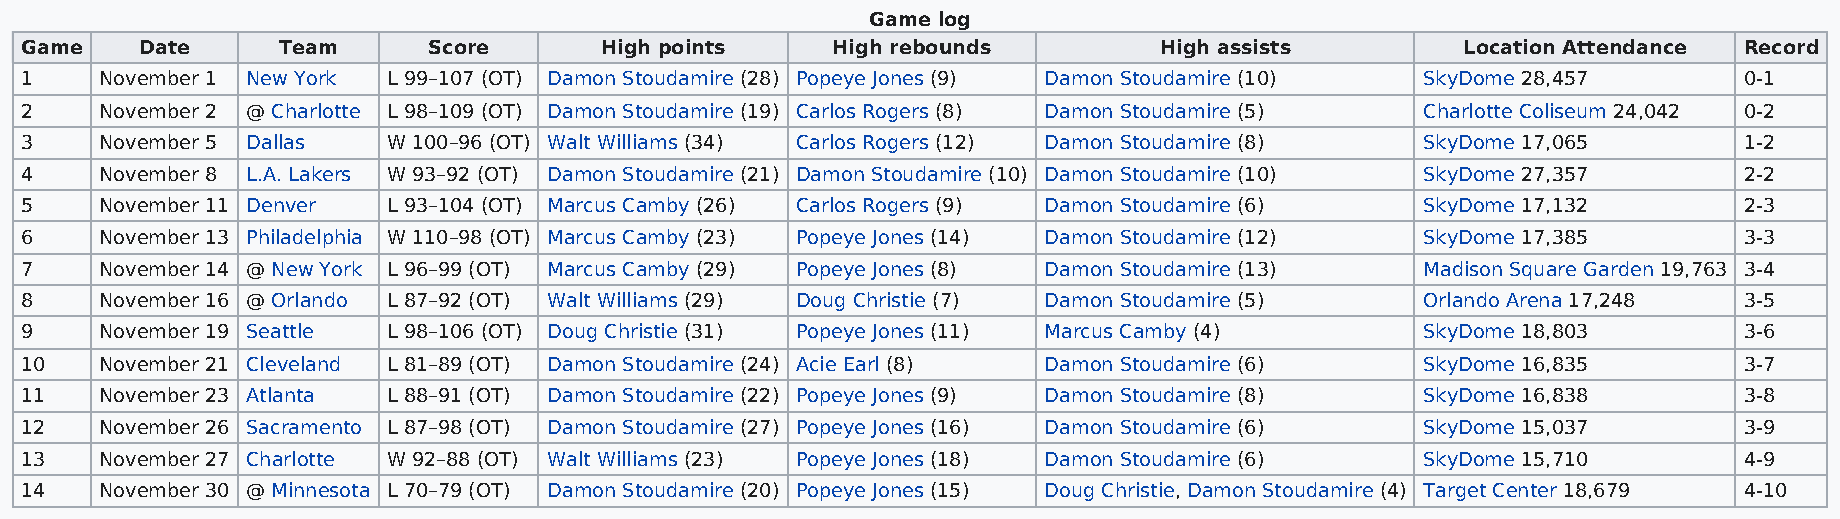
Game log
 Game    Date     Team      Score       High points    High rebounds         High assists        Location Attendance Record
 1     November 1 New York L 99–107 (OT) Damon Stoudamire (28) Popeye Jones (9) Damon Stoudamire (10) SkyDome 28,457 0-1
 2     November 2 @ Charlotte L 98–109 (OT) Damon Stoudamire (19) Carlos Rogers (8) Damon Stoudamire (5) Charlotte Coliseum 24,042 0-2
 3     November 5 Dallas  W 100–96 (OT) Walt Williams (34) Carlos Rogers (12) Damon Stoudamire (8) SkyDome 17,065  1-2
 4     November 8 L.A. Lakers W 93–92 (OT) Damon Stoudamire (21) Damon Stoudamire (10) Damon Stoudamire (10) SkyDome 27,357 2-2
 5     November 11 Denver L 93–104 (OT) Marcus Camby (26) Carlos Rogers (9) Damon Stoudamire (6) SkyDome 17,132    2-3
 6     November 13 Philadelphia W 110–98 (OT) Marcus Camby (23) Popeye Jones (14) Damon Stoudamire (12) SkyDome 17,385 3-3
 7     November 14 @ New York L 96–99 (OT) Marcus Camby (29) Popeye Jones (8) Damon Stoudamire (13) Madison Square Garden 19,763 3-4
 8     November 16 @ Orlando L 87–92 (OT) Walt Williams (29) Doug Christie (7) Damon Stoudamire (5) Orlando Arena 17,248 3-5
 9     November 19 Seattle L 98–106 (OT) Doug Christie (31) Popeye Jones (11) Marcus Camby (4) SkyDome 18,803      3-6
 10    November 21 Cleveland L 81–89 (OT) Damon Stoudamire (24) Acie Earl (8) Damon Stoudamire (6) SkyDome 16,835  3-7
 11    November 23 Atlanta L 88–91 (OT) Damon Stoudamire (22) Popeye Jones (9) Damon Stoudamire (8) SkyDome 16,838 3-8
 12    November 26 Sacramento L 87–98 (OT) Damon Stoudamire (27) Popeye Jones (16) Damon Stoudamire (6) SkyDome 15,037 3-9
 13    November 27 Charlotte W 92–88 (OT) Walt Williams (23) Popeye Jones (18) Damon Stoudamire (6) SkyDome 15,710 4-9
 14    November 30 @ Minnesota L 70–79 (OT) Damon Stoudamire (20) Popeye Jones (15) Doug Christie, Damon Stoudamire (4) Target Center 18,679 4-10